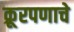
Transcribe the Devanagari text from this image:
क्रूरपणाचे